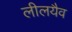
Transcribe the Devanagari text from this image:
लीलयैव